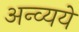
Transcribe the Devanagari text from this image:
अन्व्यये